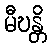
မီဎန္တိ